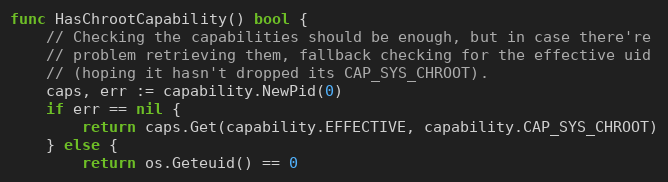
Language: Go
func HasChrootCapability() bool {
	// Checking the capabilities should be enough, but in case there're
	// problem retrieving them, fallback checking for the effective uid
	// (hoping it hasn't dropped its CAP_SYS_CHROOT).
	caps, err := capability.NewPid(0)
	if err == nil {
		return caps.Get(capability.EFFECTIVE, capability.CAP_SYS_CHROOT)
	} else {
		return os.Geteuid() == 0